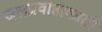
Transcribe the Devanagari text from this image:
जलप्रवाहाकाठी